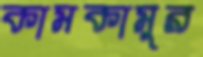
কামকামুর